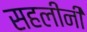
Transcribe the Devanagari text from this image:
सहलीनी